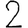
Digit: 2